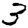
Digit: 3